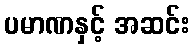
ပမာဏနှင့် အဆင်း